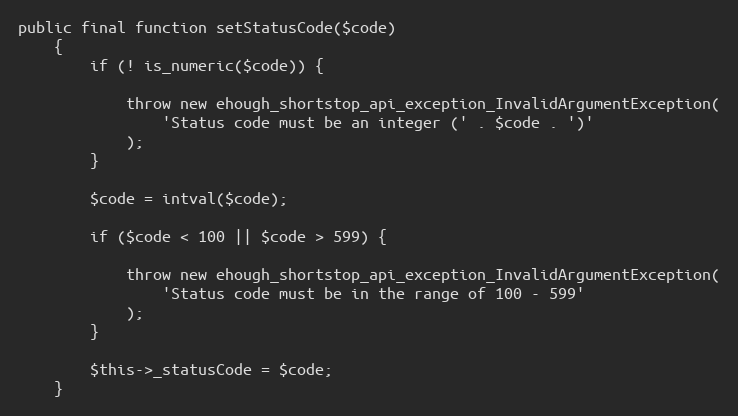
Language: PHP
public final function setStatusCode($code)
    {
        if (! is_numeric($code)) {

            throw new ehough_shortstop_api_exception_InvalidArgumentException(
                'Status code must be an integer (' . $code . ')'
            );
        }

        $code = intval($code);

        if ($code < 100 || $code > 599) {

            throw new ehough_shortstop_api_exception_InvalidArgumentException(
                'Status code must be in the range of 100 - 599'
            );
        }

        $this->_statusCode = $code;
    }